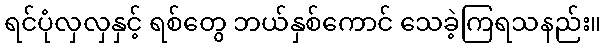
ရင်ပုံလှလှနှင့် ရစ်တွေ ဘယ်နှစ်ကောင် သေခဲ့ကြရသနည်း။